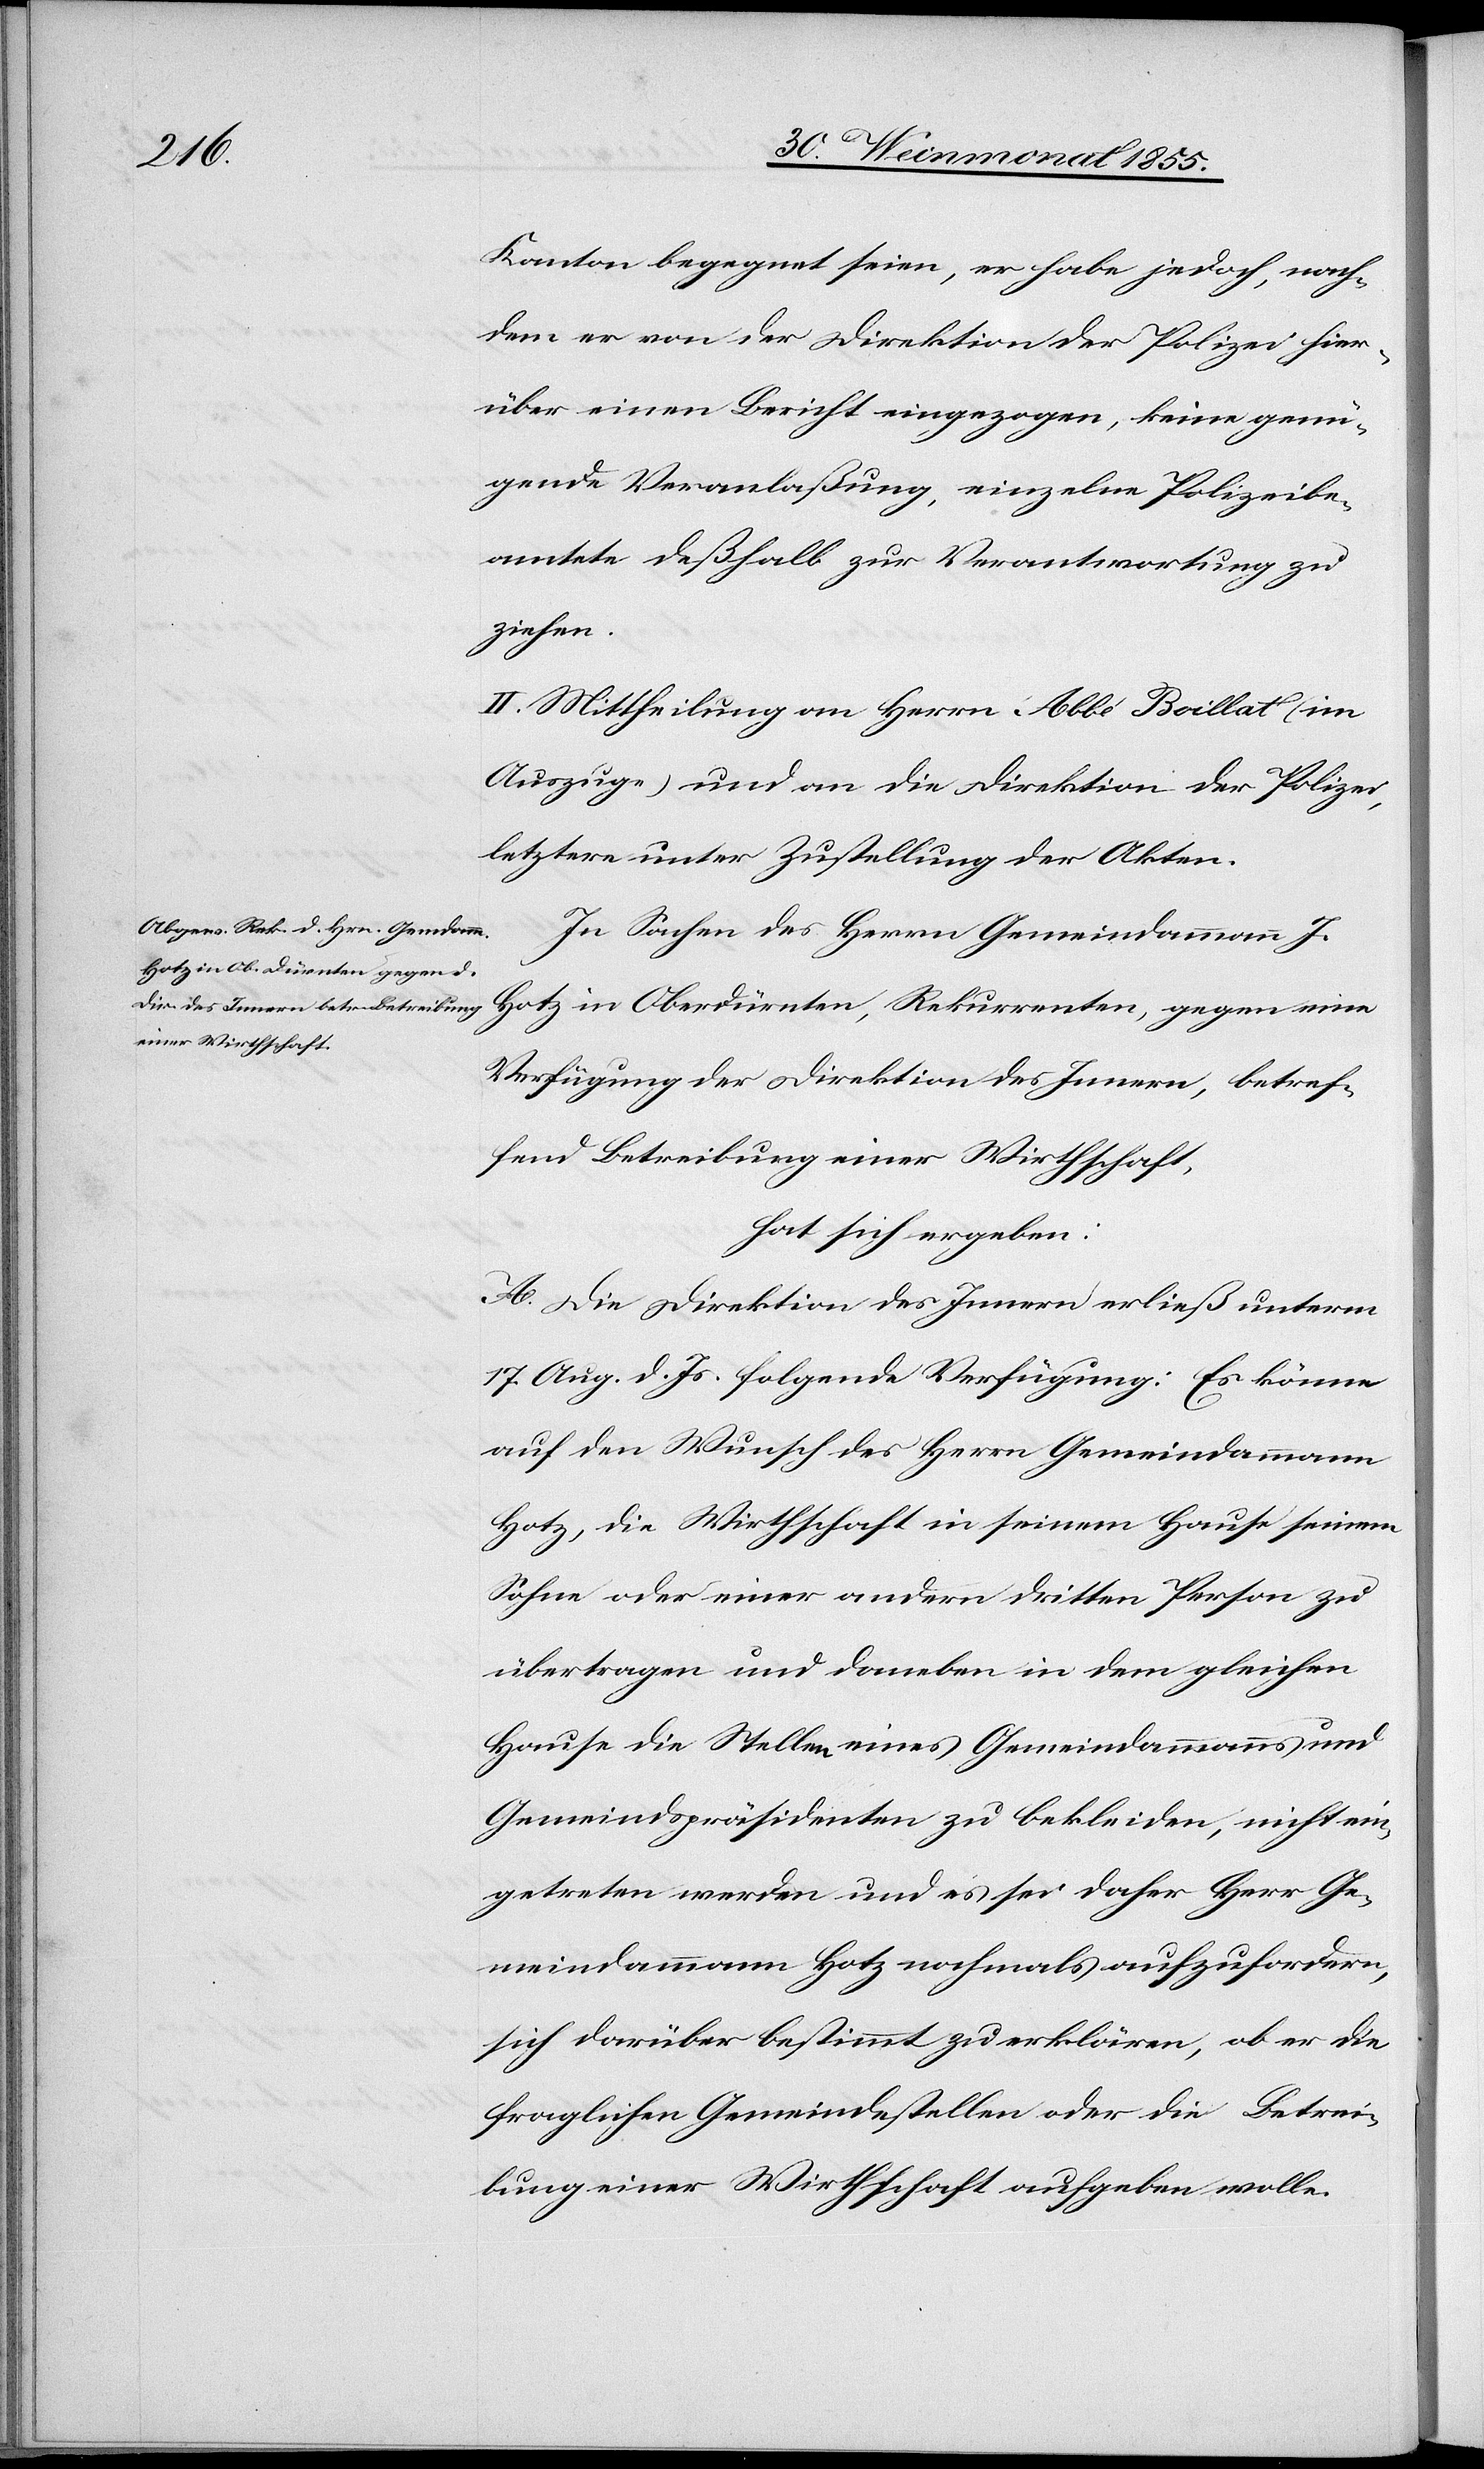
Kanton begegnet seien, er habe jedoch, nach¬
dem er von der Direktion der Polizei hier¬
über einen Bericht eingezogen, keine genü¬
gende Veranlaßung, einzelne Polizeibe¬
amtete deßhalb zur Verantwortung zu
ziehen.
II. Mittheilung an Herrn Abbé Boillat (im
Auszuge) und an die Direktion der Polizei,
letztere unter Zustellung der Akten.
In Sachen des Herrn Gemeindammann J.
Hotz in Oberdürnten, Rekurrenten, gegen eine
Verfügung der Direktion des Innern, betref¬
fend Betreibung einer Wirthschaft,
hat sich ergeben:
A. Die Direktion des Innern erließ unterm
17. Aug d. Js. folgende Verfügung: Es könne
auf den Wunsch des Herrn Gemeindammann
Hotz, die Wirthschaft in seinem Hause seinem
Sohne oder einer andern dritten Person zu
übertragen und daneben in dem gleichen
Hause die Stellen eines Gemeindammanns und
Gemeindspräsidenten zu bekleiden, nicht ein¬
getreten werden und es sei daher Herr Ge¬
meindammann Hotz nochmals aufzufordern,
sich darüber bestimmt zu erklären, ob er die
fraglichen Gemeindestellen oder die Betrei¬
bung einer Wirthschaft aufgeben wolle.